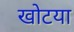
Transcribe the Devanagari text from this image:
खोटया